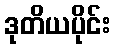
ဒုတိယပိုင်း